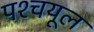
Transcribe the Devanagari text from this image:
पश्‍चयूल